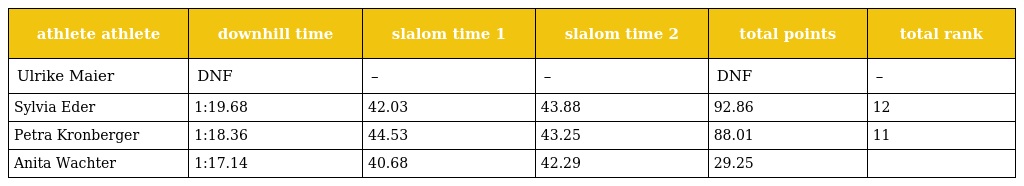
| athlete athlete | downhill time | slalom time 1 | slalom time 2 | total points | total rank |
 | --- | --- | --- | --- | --- | --- |
 | Ulrike Maier | DNF | – | – | DNF | – |
 | Sylvia Eder | 1:19.68 | 42.03 | 43.88 | 92.86 | 12 |
 | Petra Kronberger | 1:18.36 | 44.53 | 43.25 | 88.01 | 11 |
 | Anita Wachter | 1:17.14 | 40.68 | 42.29 | 29.25 |  |